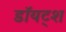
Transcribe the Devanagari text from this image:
डॉयट्श